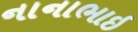
નાનાભાઇ